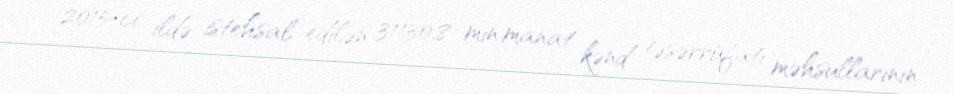
2015-ci ildə istehsal edilən 31130,8 min manat kənd təsərrüfatı məhsullarının